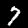
Label: 7